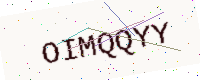
Text: OIMQQYY